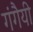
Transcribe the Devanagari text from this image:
गंगैयी